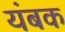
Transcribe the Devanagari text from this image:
यंबक